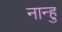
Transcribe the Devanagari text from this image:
नान्हु